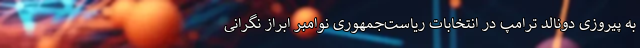
به پیروزی دونالد ترامپ در انتخابات ریاست‌جمهوری نوامبر ابراز نگرانی